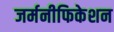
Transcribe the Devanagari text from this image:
जर्मनीफिकेशन